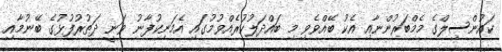
ކައުންސިލްގެ މެމްބަރުންނާއި އެކު ބޭއްވެވި މި ބައްދަލުކުރެއްވުމުގައި އެމަނިކުފާނު ވަނީ ދަތުރުފުޅުގެ ބޭނުމާއި